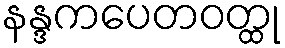
နန္ဒကပေတဝတ္ထု